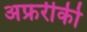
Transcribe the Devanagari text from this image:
अफ्ररीकी